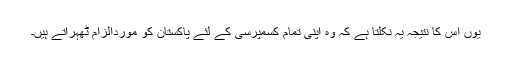
یوں اس کا نتیجہ یہ نکلتا ہے کہ وہ اپنی تمام کسمپرسی کے لئے پاکستان کو موردالزام ٹھہراتے ہیں۔